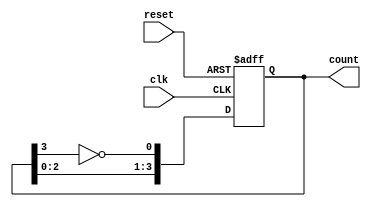
module johnson_counter #(
    parameter N = 4  // Number of flip-flops
)(
    input wire clk,           // Clock input
    input wire reset,         // Asynchronous reset input
    output reg [N-1:0] count  // Current state of the Johnson counter
);

    // Always block triggered on the rising edge of the clock or the reset signal
    always @(posedge clk or posedge reset) begin
        if (reset) begin
            // Reset all flip-flops to 0
            count <= 0;
        end else begin
            // Johnson counter logic
            count <= {count[N-2:0], ~count[N-1]}; // Shift and invert the last bit
        end
    end

endmodule